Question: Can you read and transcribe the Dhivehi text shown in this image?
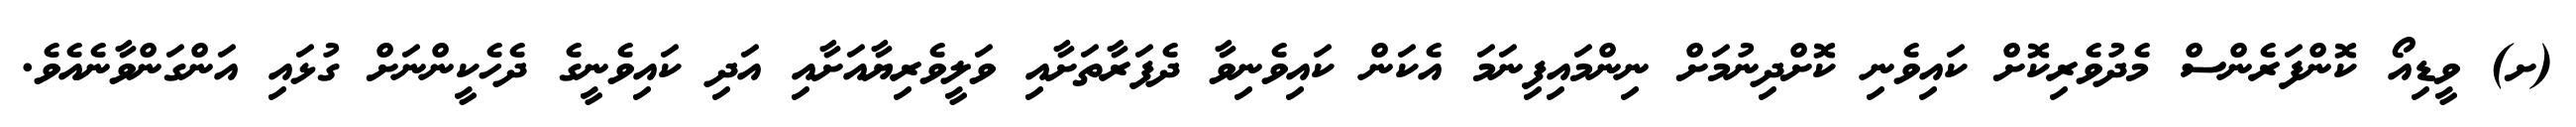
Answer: (ށ) ވީޑިއޯ ކޮންފަރެންސް މެދުވެރިކޮށް ކައިވެނި ކޮށްދިނުމަށް ނިންމައިފިނަމަ އެކަން ކައިވެނިވާ ދެފަރާތަށާއި ވަލީވެރިޔާއަށާއި އަދި ކައިވެނީގެ ދެހެކީންނަށް ގުޅައި އަންގަންވާނެއެވެ.